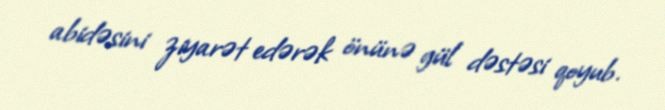
abidəsini ziyarət edərək önünə gül dəstəsi qoyub.